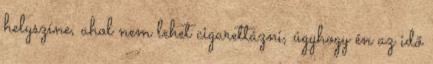
helyszíne, ahol nem lehet cigarettázni, úgyhogy én az idő